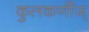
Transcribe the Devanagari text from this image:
कुलकर्णीज्